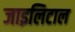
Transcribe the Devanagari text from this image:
जाइलिटाल